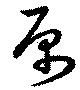
原